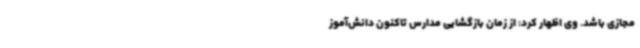
مجازی باشد. وی اظهار کرد: از زمان بازگشایی مدارس تاکنون دانش‌آموز